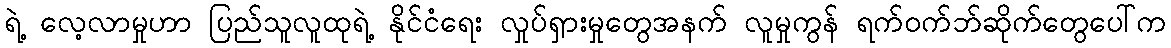
ရဲ့ လေ့လာမှုဟာ ပြည်သူလူထုရဲ့ နိုင်ငံရေး လှုပ်ရှားမှုတွေအနက် လူမှုကွန် ရက်ဝက်ဘ်ဆိုက်တွေပေါ်က